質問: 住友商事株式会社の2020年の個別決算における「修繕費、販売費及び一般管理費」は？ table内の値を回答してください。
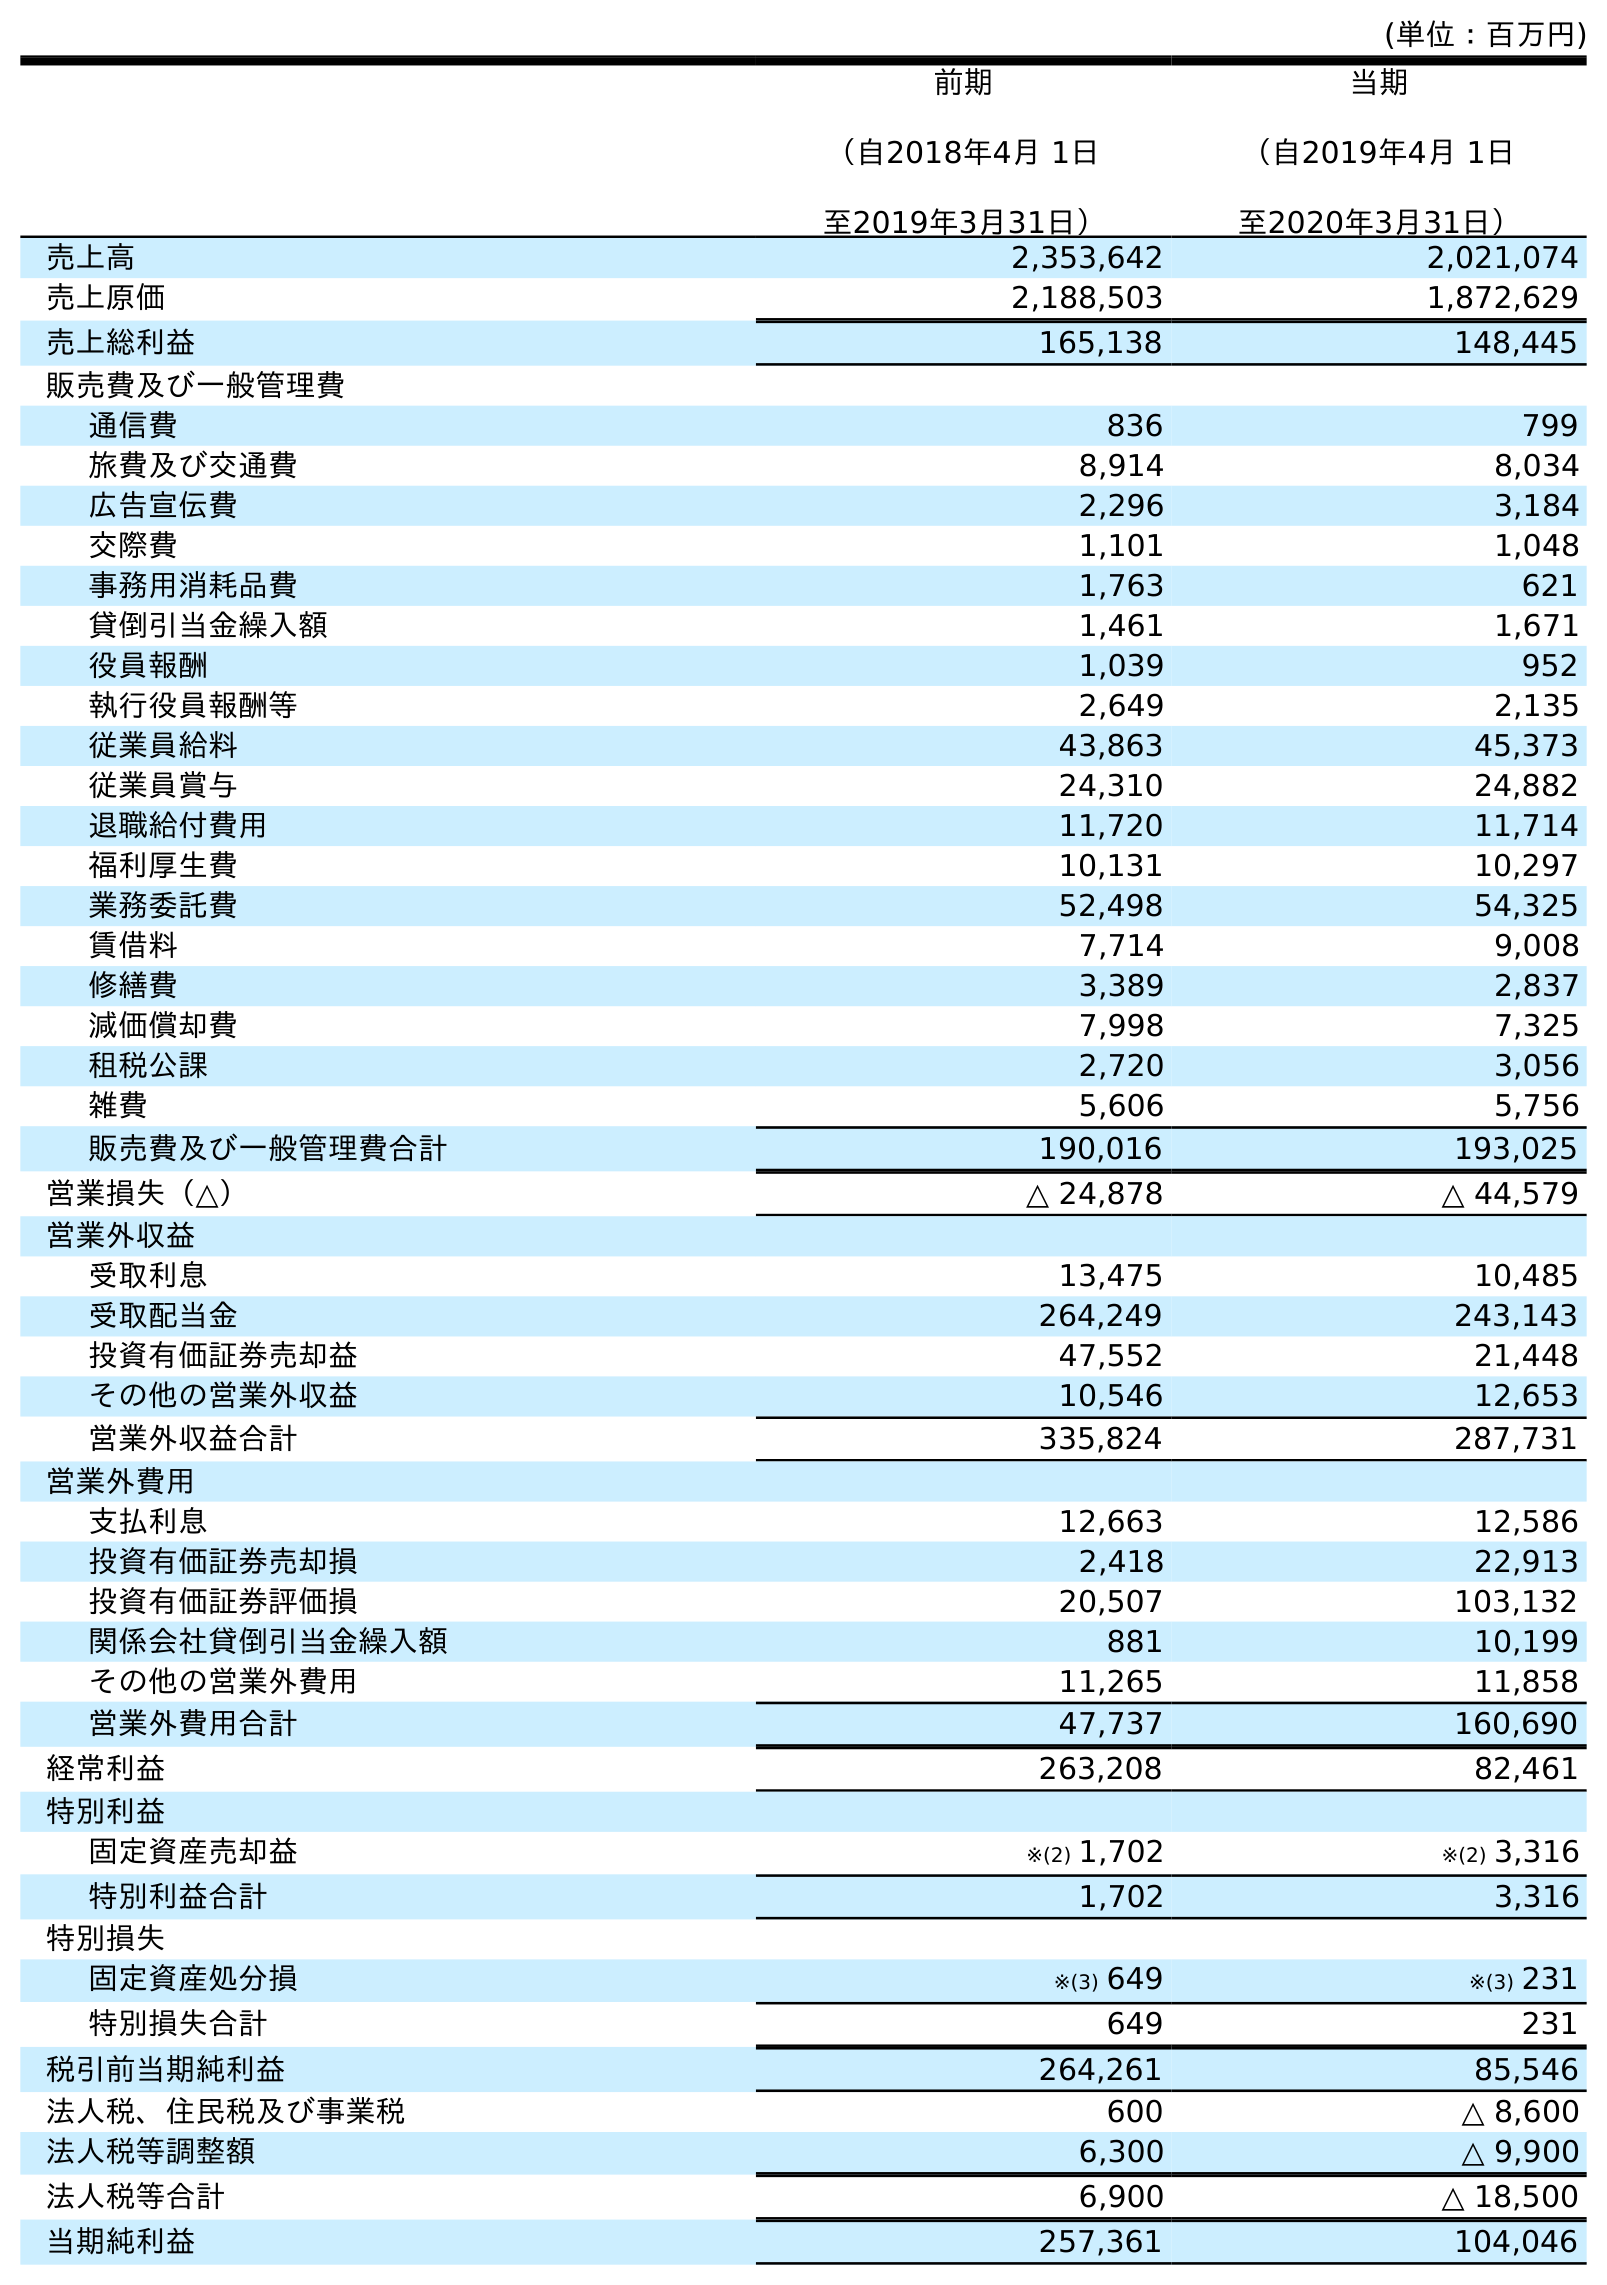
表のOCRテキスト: (単位：百万円) 前期 （自2018年4月 1日 至2019年3月31日） 当期 （自2019年4月 1日 至2020年3月31日） 売上高 2,353,642 2,021,074 売上原価 2,188,503 1,872,629 売上総利益 165,138 148,445 販売費及び一般管理費 通信費 836 799 旅費及び交通費 8,914 8,034 広告宣伝費 2,296 3,184 交際費 1,101 1,048 事務用消耗品費 1,763 621 貸倒引当金繰入額 1,461 1,671 役員報酬 1,039 952 執行役員報酬等 2,649 2,135 従業員給料 43,863 45,373 従業員賞与 24,310 24,882 退職給付費用 11,720 11,714 福利厚生費 10,131 10,297 業務委託費 52,498 54,325 賃借料 7,714 9,008 修繕費 3,389 2,837 減価償却費 7,998 7,325 租税公課 2,720 3,056 雑費 5,606 5,756 販売費及び一般管理費合計 190,016 193,025 営業損失（△） △ 24,878 △ 44,579 営業外収益 受取利息 13,475 10,485 受取配当金 264,249 243,143 投資有価証券売却益 47,552 21,448 その他の営業外収益 10,546 12,653 営業外収益合計 335,824 287,731 営業外費用 支払利息 12,663 12,586 投資有価証券売却損 2,418 22,913 投資有価証券評価損 20,507 103,132 関係会社貸倒引当金繰入額 881 10,199 その他の営業外費用 11,265 11,858 営業外費用合計 47,737 160,690 経常利益 263,208 82,461 特別利益 固定資産売却益 ※(2) 1,702 ※(2) 3,316 特別利益合計 1,702 3,316 特別損失 固定資産処分損 ※(3) 649 ※(3) 231 特別損失合計 649 231 税引前当期純利益 264,261 85,546 法人税、住民税及び事業税 600 △ 8,600 法人税等調整額 6,300 △ 9,900 法人税等合計 6,900 △ 18,500 当期純利益 257,361 104,046
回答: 2,837